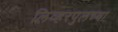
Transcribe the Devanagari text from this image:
लिव्हरपुलच्या